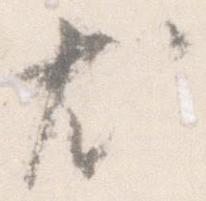
尤